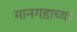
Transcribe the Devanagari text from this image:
मानगडाच्या